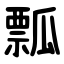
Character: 瓢